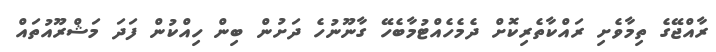
ރާއްޖޭގެ ތިމާވެށި ރައްކާތެރިކޮށް ދެމެހެއްޓުމާބެހޭ ގާނޫނުހެ ދަށުން ބިން ހިއްކުން ފަދަ މަޝްރޫއުތައް